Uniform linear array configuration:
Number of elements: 8
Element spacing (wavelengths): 1
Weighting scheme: uniform
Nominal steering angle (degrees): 0
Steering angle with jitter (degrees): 1.683
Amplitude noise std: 0.05
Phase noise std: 0.05

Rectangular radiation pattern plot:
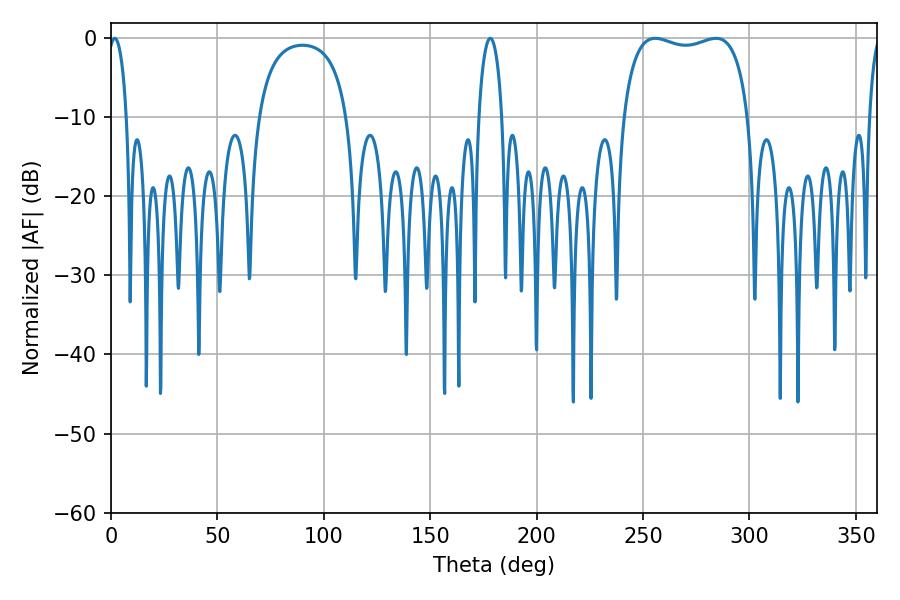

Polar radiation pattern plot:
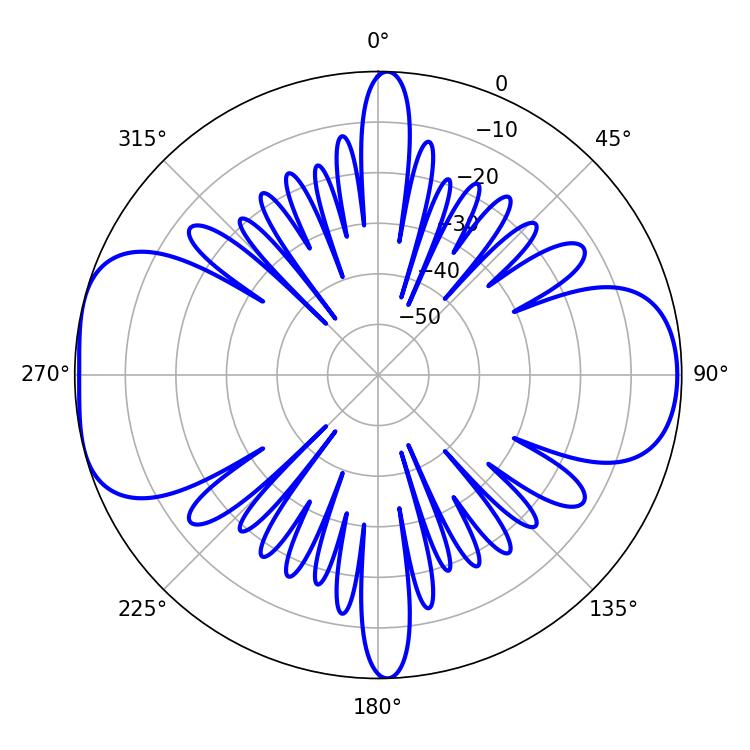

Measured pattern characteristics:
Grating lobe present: TRUE
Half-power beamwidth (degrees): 47.88
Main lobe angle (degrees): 255.78